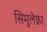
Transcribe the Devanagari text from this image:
सिमुलेक्रा